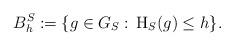
LaTeX: \begin{align*}B_h^S:=\{g\in G_S:\, \hbox{H}_S(g)\le h \}.\end{align*}